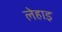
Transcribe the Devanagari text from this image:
लेहाइ